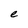
Character: e